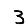
Digit: 3